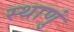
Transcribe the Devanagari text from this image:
स्थाणुं